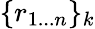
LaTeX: \lbrace r_{1...n}\rbrace_{k}